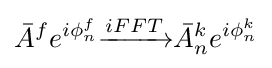
{\bar {A}}^{f}e^{i\phi _{n}^{f}}{\xrightarrow {iFFT}}{\bar {A}}_{n}^{k}e^{i\phi _{n}^{k}}